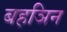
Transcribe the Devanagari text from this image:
बहञिन